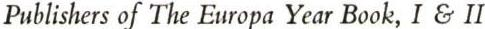
Publishers of The Europa Year Book, I & II